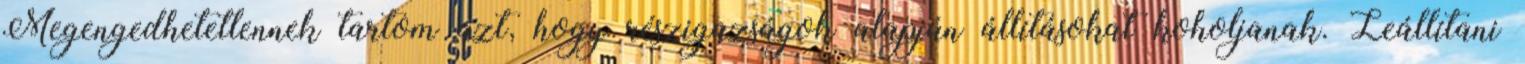
Megengedhetetlennek tartom azt, hogy részigazságok alapján állításokat koholjanak. Leállítani